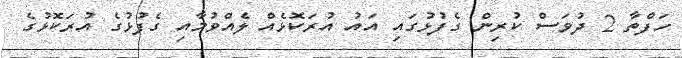
ހަފްތާ 2 ދުވަސް ކުރިން ގެފުޅުގައި އައު އުރަކޮޅެއް ލެއްވުމާއި ގެފުޅުގެ އުރަކޮޅުގެ